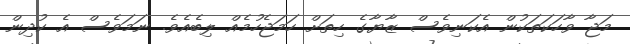
މަޖާ ވާހަކަތަކުން އެކަނިވެސް ޒާޔާގެ ހިތަށް ހަމަޖެހުމެއް ލިބެއެވެ. ނަމަވެސް އެ ކުދިން